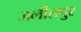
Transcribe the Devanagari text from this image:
जलीलपुर